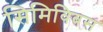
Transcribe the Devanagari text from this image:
सिमिविबस